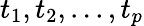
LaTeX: t_{1},t_{2},...,t_{p}